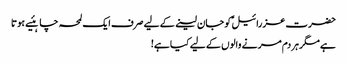
حضرت عزرائیلؑ کو جان لینے کے لیے صرف ایک لمحہ چاہئیے ہوتا
ہے مگرہر دم مر نے والوں کے لیے کیا ہے!